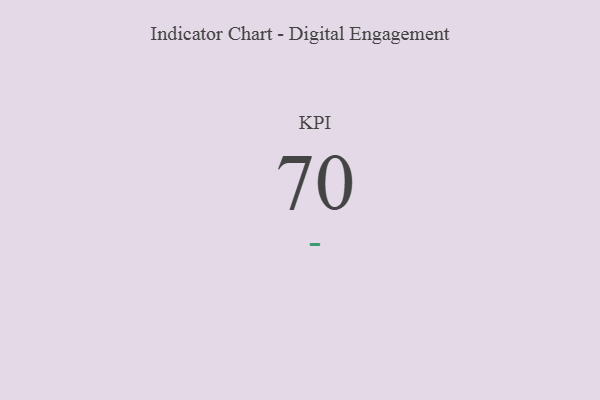
{"axis": {"x": "KPI", "y": "Value"}, "legend": [""], "data": [{"x": "KPI", "y": 70, "type": ""}]}